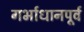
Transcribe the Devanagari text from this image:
गर्भाधानपूर्व